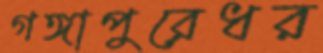
গঙ্গাপুরেধর